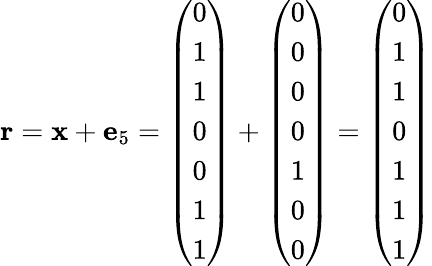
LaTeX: \mathbf{r}=\mathbf{x}+\mathbf{e}_{5}={\left(\begin{array}{l}{0}\\ {1}\\ {1}\\ {0}\\ {0}\\ {1}\\ {1}\end{array}\right)}+{\left(\begin{array}{l}{0}\\ {0}\\ {0}\\ {0}\\ {1}\\ {0}\\ {0}\end{array}\right)}={\left(\begin{array}{l}{0}\\ {1}\\ {1}\\ {0}\\ {1}\\ {1}\\ {1}\end{array}\right)}